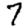
Digit: 7